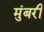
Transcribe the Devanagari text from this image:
मुंबरी